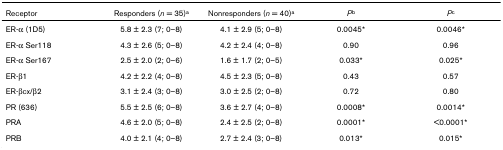
<table><thead><tr><td><b>Receptor</b></td><td><b>Responders (<i>n </i>= 35)<sup>a</sup></b></td><td><b>Nonresponders (<i>n </i>= 40)<sup>a</sup></b></td><td><b><i>P</i><sup>b</sup></b></td><td><b><i>P</i><sup>c</sup></b></td></tr></thead><tbody><tr><td>ER-α (1D5)</td><td>5.8 ± 2.3 (7; 0–8)</td><td>4.1 ± 2.9 (5; 0–8)</td><td>0.0045*</td><td>0.0046*</td></tr><tr><td>ER-α Ser118</td><td>4.3 ± 2.6 (5; 0–8)</td><td>4.2 ± 2.4 (4; 0–8)</td><td>0.90</td><td>0.96</td></tr><tr><td>ER-α Ser167</td><td>2.5 ± 2.0 (2; 0–6)</td><td>1.6 ± 1.7 (2; 0–5)</td><td>0.033*</td><td>0.025*</td></tr><tr><td>ER-β1</td><td>4.2 ± 2.2 (4; 0–8)</td><td>4.5 ± 2.3 (5; 0–8)</td><td>0.43</td><td>0.57</td></tr><tr><td>ER-βcx/β2</td><td>3.1 ± 2.4 (3; 0–8)</td><td>3.0 ± 2.5 (2; 0–8)</td><td>0.72</td><td>0.80</td></tr><tr><td>PR (636)</td><td>5.5 ± 2.5 (6; 0–8)</td><td>3.6 ± 2.7 (4; 0–8)</td><td>0.0008*</td><td>0.0014*</td></tr><tr><td>PRA</td><td>4.6 ± 2.0 (5; 0–8)</td><td>2.4 ± 2.5 (2; 0–8)</td><td>0.0001*</td><td>&lt;0.0001*</td></tr><tr><td>PRB</td><td>4.0 ± 2.1 (4; 0–8)</td><td>2.7 ± 2.4 (3; 0–8)</td><td>0.013*</td><td>0.015*</td></tr></tbody></table>